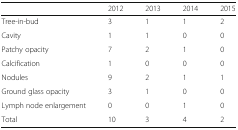
|  | 2012 | 2013 | 2014 | 2015 |
 | --- | --- | --- | --- | --- |
 | Tree-in-bud | 3 | 1 | 1 | 2 |
 | Cavity | 1 | 1 | 0 | 0 |
 | Patchy opacity | 7 | 2 | 1 | 0 |
 | Calcification | 1 | 0 | 0 | 0 |
 | Nodules | 9 | 2 | 1 | 1 |
 | Ground glass opacity | 3 | 1 | 0 | 0 |
 | Lymph node enlargement | 0 | 0 | 1 | 0 |
 | Total | 10 | 3 | 4 | 2 |